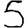
Digit: 5